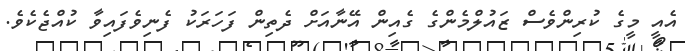
އެއީ މީގެ ކުރިންވެސް ޒައުލްމެންގެ ގެއިން އޭނާއަށް ދެތިން ފަހަރަކު ފެނިވެފައިވާ ކުއްޖެކެވެ.